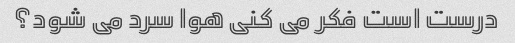
درست است فکر می کنی هوا سرد می شود؟